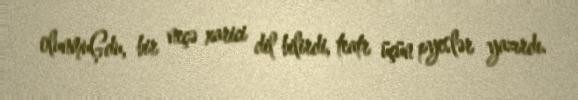
olunmuĢdu, bir neçə xarici dil bilirdi, teatr üçün pyeslər yazırdı.